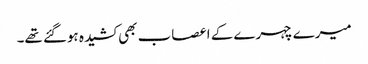
میرے چہرے کے اعصاب بھی کشیدہ ہوگئے تھے۔